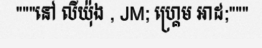
"""នៅ លីយ៉ុង , JM; ហ្គ្រេម អាដ;"""